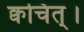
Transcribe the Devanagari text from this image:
क्वचित्‌।